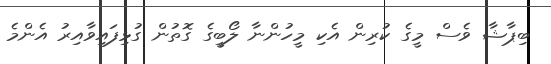
ބިޕާޝާ ވެސް މީގެ ކުރިން އެކި މީހުންނާ ލޯބީގެ ގޮތުން ގުޅިފައިވާއިރު އެންމެ